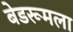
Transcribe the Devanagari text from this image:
बेडरूमला